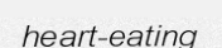
heart-eating